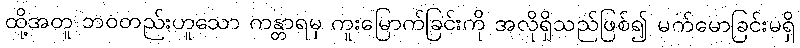
ထို့အတူ ဘဝတည်းဟူသော ကန္တာရမှ ကူးမြောက်ခြင်းကို အလိုရှိသည်ဖြစ်၍ မက်မောခြင်းမရှိ